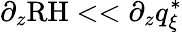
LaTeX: \partial_{z}\textrm{RH}<<\partial_{z}q_{\xi}^{*}